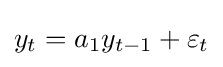
y_{t}=a_{1}y_{t-1}+\varepsilon _{t}